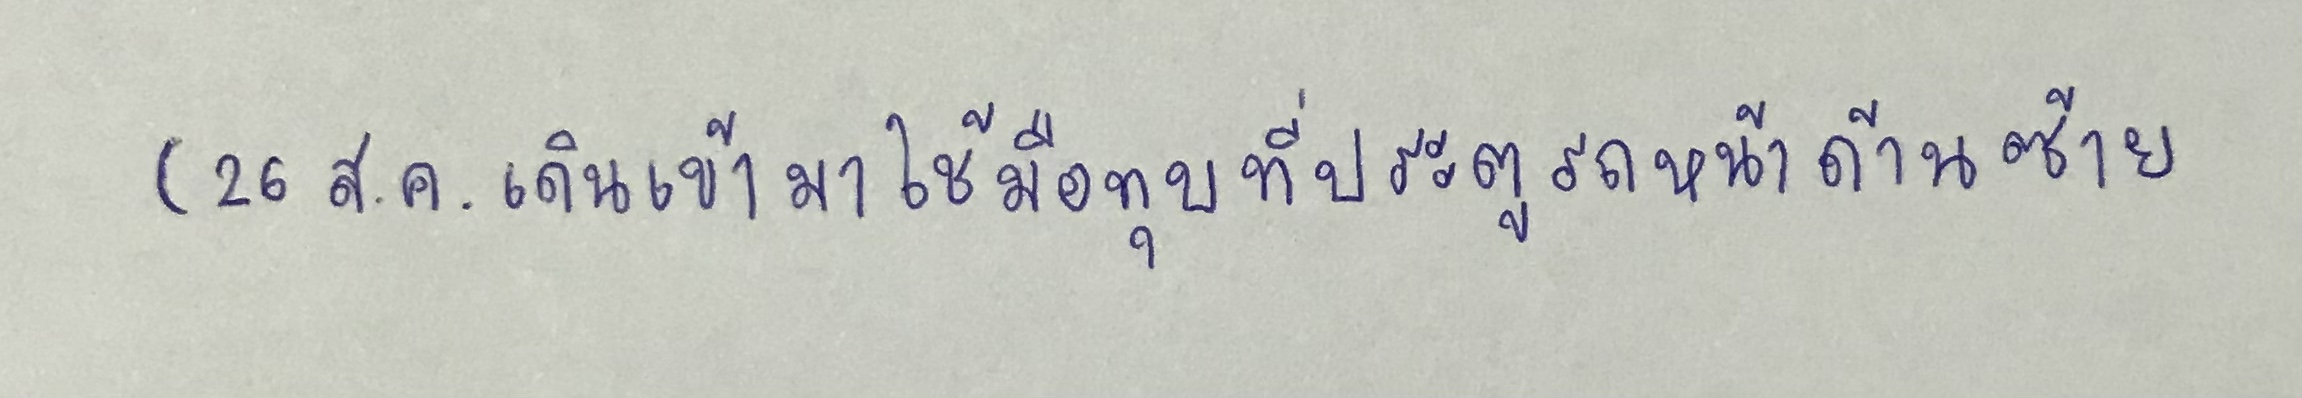
(26ส.ค.เดินเข้ามาใช้มือทุบที่ประตูรถหน้าด้านซ้าย